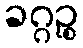
ခဂ္ဂဉ္စ